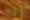
بالوطن